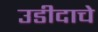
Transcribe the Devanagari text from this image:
उडीदाचे